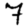
Digit: 7